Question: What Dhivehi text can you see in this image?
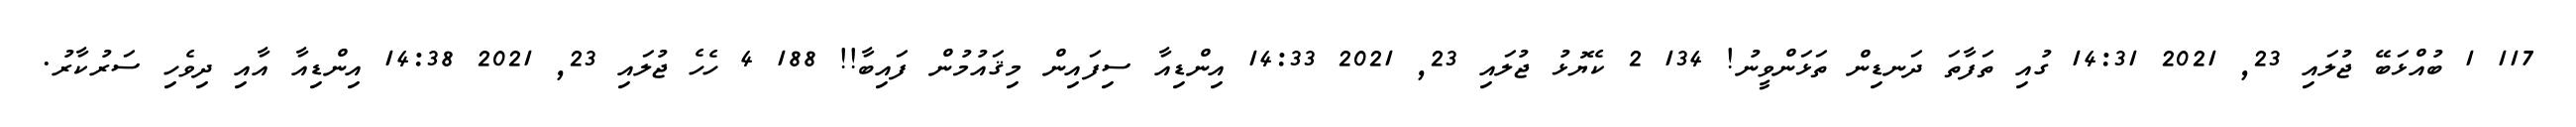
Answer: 117 1 ބުއްޅަބޭ ޖުލައި 23, 2021 14:31 ގުއި ތަފާތަ ދަނޑިން ތަޅަންވީނު! 134 2 ކެޔޮޅު ޖުލައި 23, 2021 14:33 އިންޑިއާ ސިފައިން މިޤައުމުން ފައިބާ!! 188 4 ހެހެ ޖުލައި 23, 2021 14:38 އިންޑިއާ އާއި ދިވެހި ސަރުކާރު.